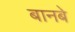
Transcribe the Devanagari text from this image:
बानबे